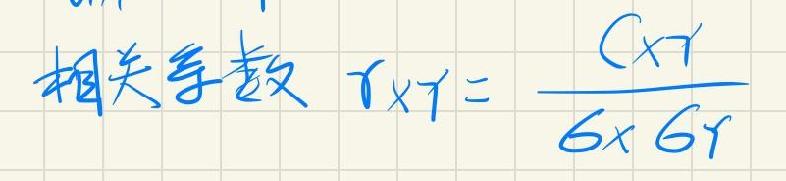
相关系数 $r_{XY}=\frac{C_{XY}}{\sigma_X\sigma_Y}$